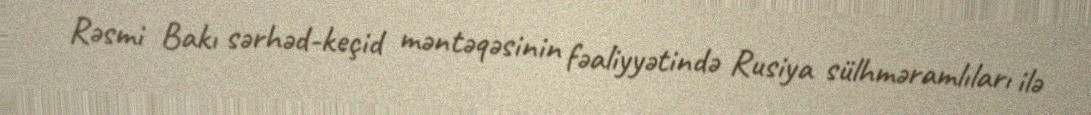
Rəsmi Bakı sərhəd-keçid məntəqəsinin fəaliyyətində Rusiya sülhməramlıları ilə